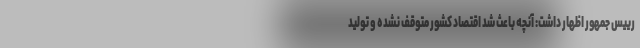
رییس جمهور اظهار داشت: آنچه باعث شد اقتصاد کشور متوقف نشده و تولید